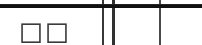
٦٢